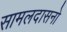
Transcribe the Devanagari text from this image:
सामलदासनो